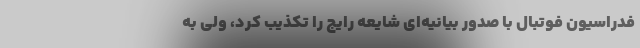
فدراسیون فوتبال با صدور بیانیه‌ای شایعه رایج را تکذیب کرد، ولی به